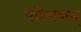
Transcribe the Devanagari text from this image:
परिगणन्